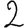
Digit: 2